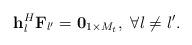
LaTeX: \begin{align*} {{\bf{h}}_l^H}{{\bf{F}}_{l'}} = {{\bf{0}}_{1 \times M_t}},\ \forall l \ne l'. \end{align*}